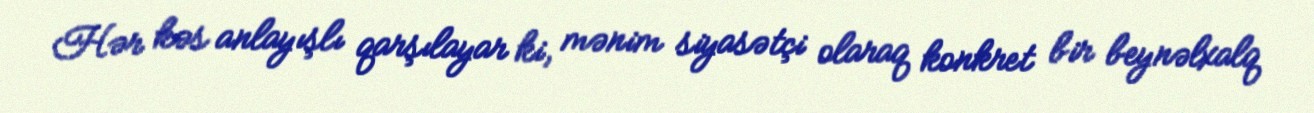
Hər kəs anlayışlı qarşılayar ki, mənim siyasətçi olaraq konkret bir beynəlxalq